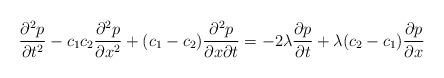
LaTeX: \begin{align*}\frac{\partial^2 p}{\partial t^2} -c_1c_2\frac{\partial^2 p}{\partial x^2} + (c_1-c_2)\frac{\partial^2 p}{\partial x\partial t} = -2\lambda \frac{\partial p}{\partial t} + \lambda(c_2-c_1) \frac{\partial p}{\partial x} \end{align*}